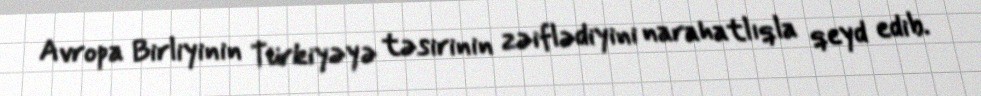
Avropa Birliyinin Türkiyəyə təsirinin zəiflədiyini narahatlıqla qeyd edib.